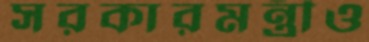
সরকারমন্ত্রীও